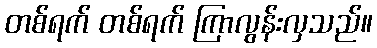
တစ်ရက် တစ်ရက် ကြာလွန်းလှသည်။